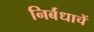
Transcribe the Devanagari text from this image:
निर्बंधाचें